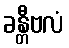
ခန္တီဗလံ